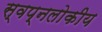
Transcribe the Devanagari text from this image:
स्वप्नलोकीय